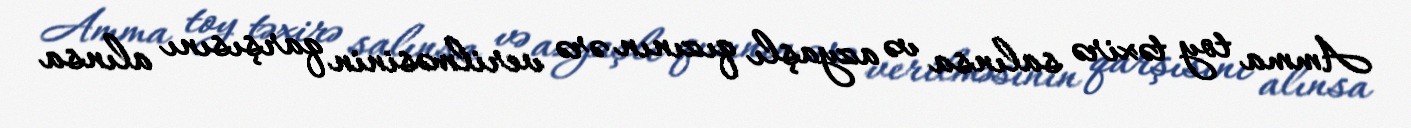
Amma toy təxirə salınsa və azyaşlı qızının ərə verilməsinin qarşısını alınsa